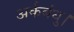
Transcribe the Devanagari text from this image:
अर्कबंधु।